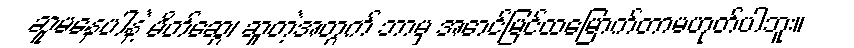
ဆူမနေပါနဲ့ မိတ်ဆွေ၊ ဆူတဲ့အတွက် ဘာမှ အောင်မြင်ထမြောက်တာမဟုတ်ပါဘူး။